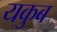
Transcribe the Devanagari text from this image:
यकुब